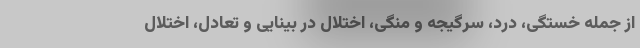
از جمله خستگی، درد، سرگیجه و منگی، اختلال در بینایی و تعادل، اختلال